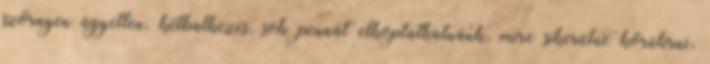
szörnyen ügyetlen, kétbalkezes, sok pennát elkoptathatnánk, mire sikerülne körülírni,